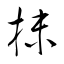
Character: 抹